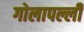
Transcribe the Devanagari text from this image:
गोलापल्ली